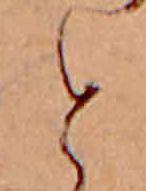
と